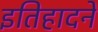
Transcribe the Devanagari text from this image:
इतिहादने